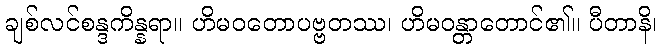
ချစ်လင်စန္ဒကိန္နရာ။ ဟိမဝတောပဗ္ဗတဿ၊ ဟိမဝန္တာတောင်၏။ ပီတာနိ၊